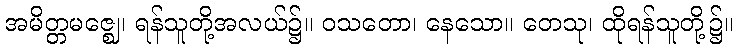
အမိတ္တမဇ္ဈေ၊ ရန်သူတို့အလယ်၌။ ဝသတော၊ နေသော။ တေသု၊ ထိုရန်သူတို့၌။